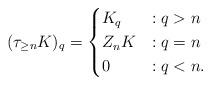
LaTeX: \begin{align*} (\tau_{\geq n} K)_q= \begin{cases} K_q &: q > n\\ Z_{n}K &: q = n\\ 0&:q < n. \end{cases} \end{align*}